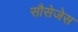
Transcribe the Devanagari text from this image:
सौसेजेस